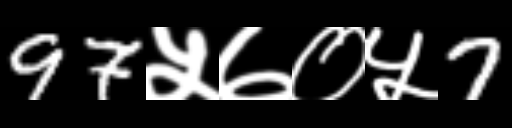
Text: 97५७०५7